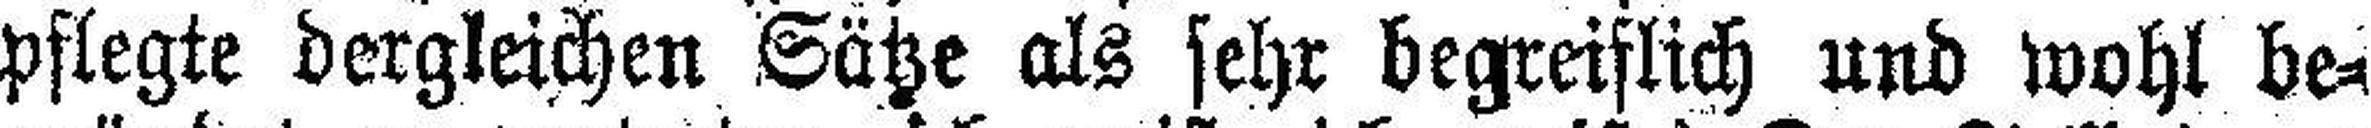
pflegte dergleichen Sätze als sehr begreiflich und wohl be¬